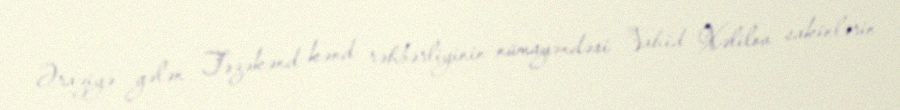
Əraziyə gələn Təzəkənd kənd rəhbərliyinin nümayəndəsi Vahid Xəlilov sakinlərin